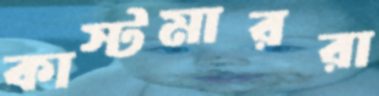
কাস্টমাররা